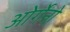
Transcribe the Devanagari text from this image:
ओर्गेनो